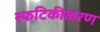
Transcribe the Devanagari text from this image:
स्फटिकीकरण